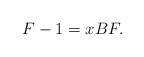
\begin{align*}F -1 = xBF.\end{align*}